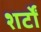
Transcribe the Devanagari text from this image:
शर्टों